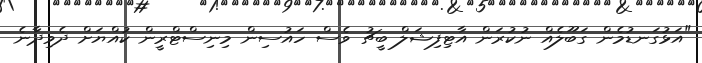
"އަޅުގަނޑުމެން ގަބޫލެއް ނުކުރަން އާޓިފިޝަލް ބީޗު ވެސް ހައުސިން މިނިސްޓްރީން ކުއްޔަށް ދެވިދާނެ